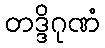
တဒ္ဒိဂုဏံ